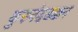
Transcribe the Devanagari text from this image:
कुरुनंदडक्कन